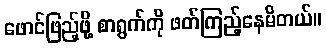
ဖောင်ဖြည့်ဖို့ စာရွက်ကို ဖတ်ကြည့်နေမိတယ်။